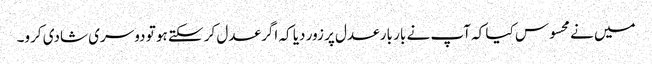
میں نے محسوس کیا کہ آپ نے بار بار عدل پر زور دیا کہ اگر عدل کر سکتے ہو تو دوسری شادی کرو۔